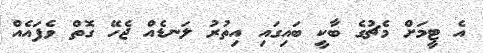
އެ ޓީމަށް މެޗުގެ ބާކީ ބައިގައި އިތުރު ލަނޑެއް ޖެހޭ ގޮތް ވެފައެއް